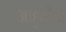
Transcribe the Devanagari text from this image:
आहुतींनी